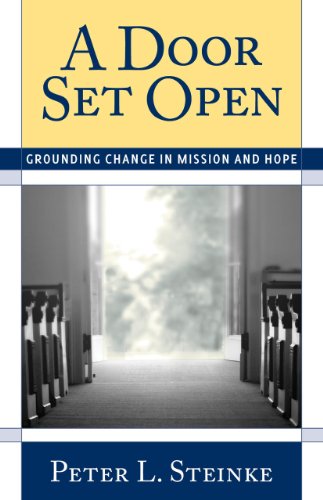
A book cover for A Door Set Open: Grounding Change in Mission and Hope; Peter L. Steinke; Christian Books & Bibles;